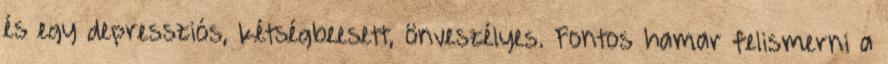
és egy depressziós, kétségbeesett, önveszélyes. Fontos hamar felismerni a